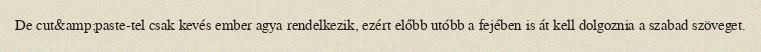
De cut&amp;paste-tel csak kevés ember agya rendelkezik, ezért előbb utóbb a fejében is át kell dolgoznia a szabad szöveget.